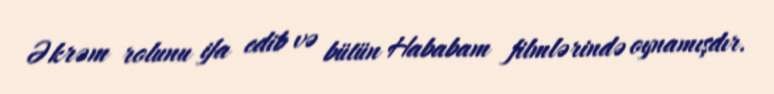
Əkrəm rolunu ifa edib və bütün Hababam filmlərində oynamışdır.